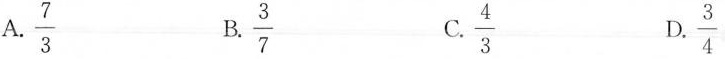
A. \frac{7}{3} B.\frac{3}{7} C.\frac{4}{3} D.\frac{3}{4}